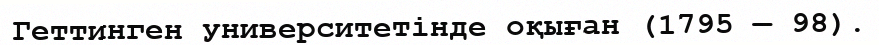
Геттинген университетінде оқыған (1795 — 98).